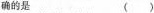
确的是 ()